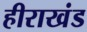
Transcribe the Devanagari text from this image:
हीराखंड